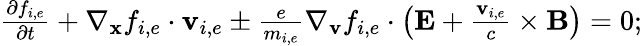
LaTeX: \begin{array}{r}{\frac{\partial f_{i,e}}{\partial t}+\nabla_{\mathbf{x}}f_{i,e}\cdot\mathbf{v}_{i,e}\pm\frac{e}{m_{i,e}}\nabla_{\mathbf{v}}f_{i,e}\cdot\left(\mathbf{E}+\frac{\mathbf{v}_{i,e}}{c}\times\mathbf{B}\right)=0;}\end{array}